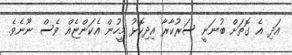
އަދި އެ ގޮތަށް ބުނަނީ ސަރުކާރާ އިދިކޮޅު މީހުން އެކަންޏެއް ވެސް ނޫނެވެ.